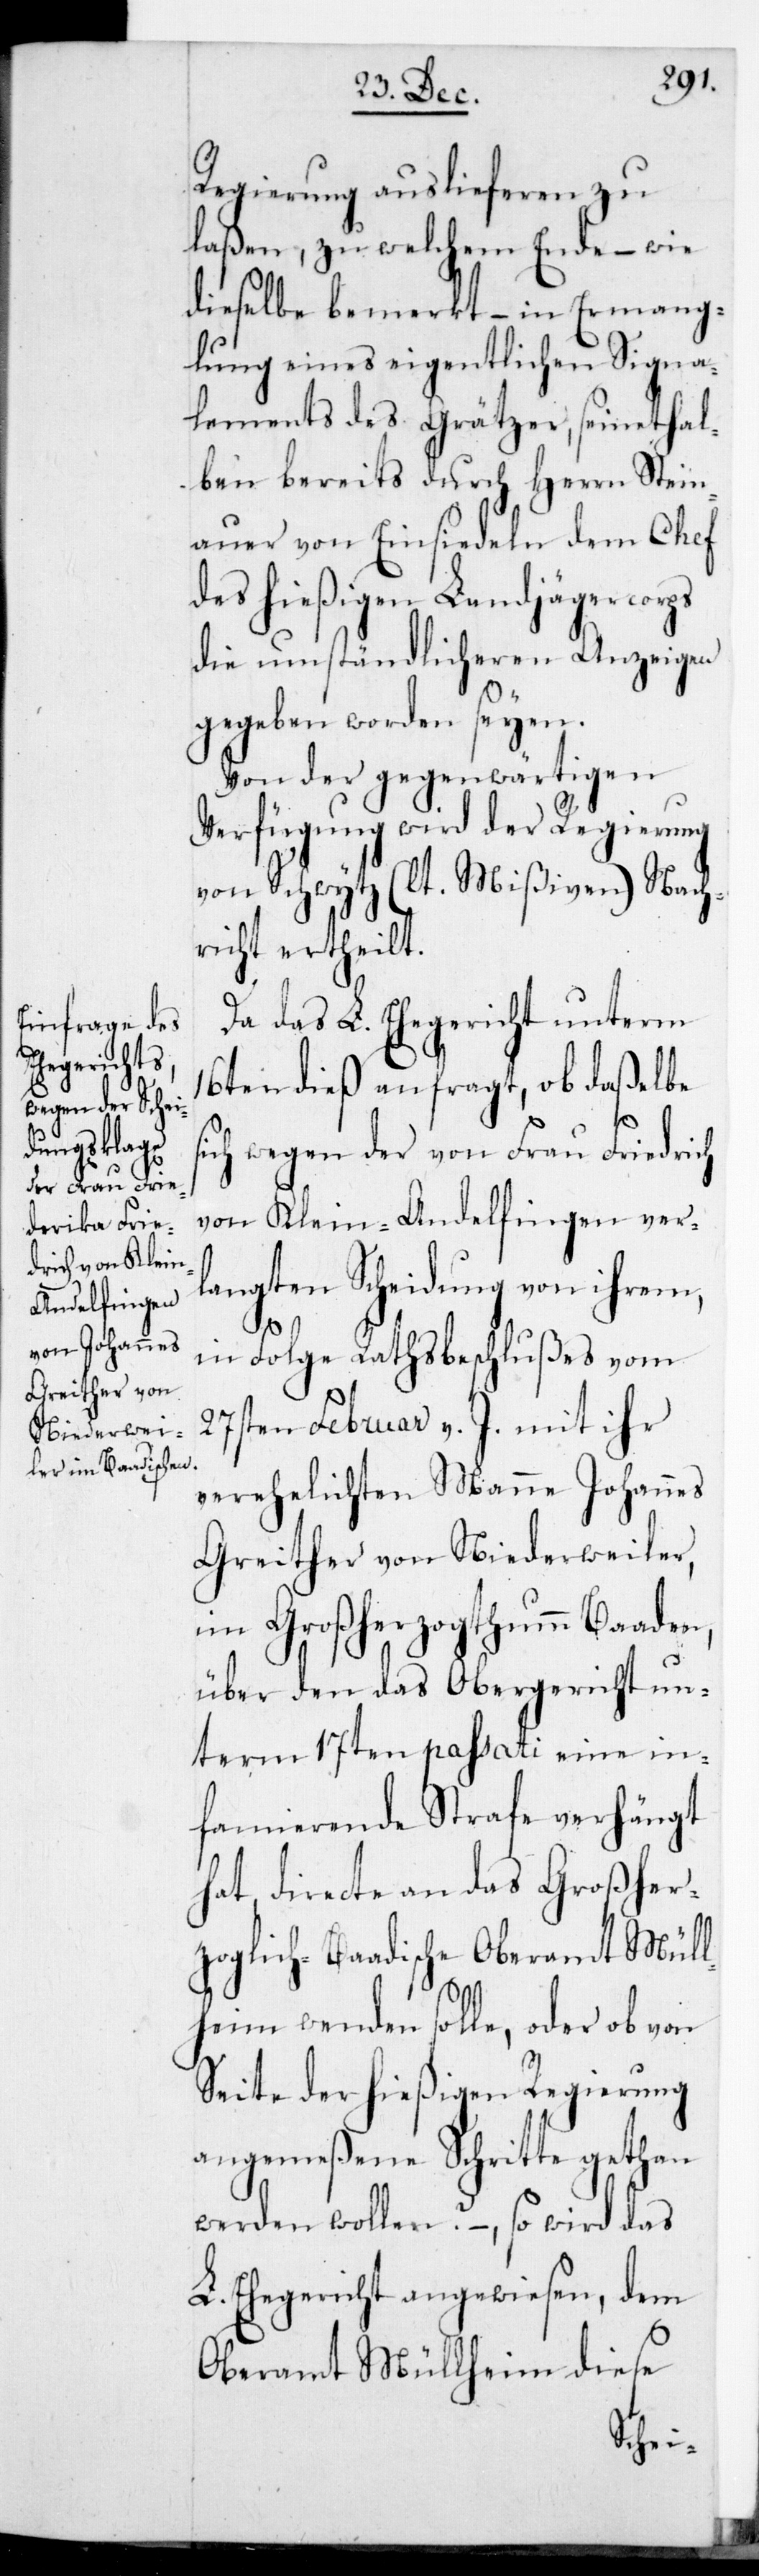
s¬
Regierung auslieferen zu
laßen, zu welchem Ende, – wie
dieselbe bemerkt, – in Ermang¬
lung eines eigentlichen Signa¬
lements des Grätzer, seinethal¬
ben bereits durch Herrn Stein¬
auer von Einsiedeln dem Chef
des hießigen Landjägercorps
die umständlicheren Anzeigen
gegeben worden seien.
Von der gegenwärtigen
Verfügung wird der Regierung
von Schwytz (lt. Mißiven) Nach¬
richt ertheilt.
Da das L. Ehegericht unterm
16ten dieß anfragt, ob daßelbe
ich wegen der von Frau Friedrich
von Klein-Andelfingen verl¬
angten Scheidung von
in Folge Rathsbeschlußes vom
27sten Februar v. J. mit ihr
verehelichten Manne Johannes
Greither von Niederweiler
im Großherzogthum Baaden,
über den das Obergericht un¬
term 17ten passati eine in¬
famierende Strafe verhängt
hat, directe an das Großher¬
zoglich-Baadische Oberamt Müll¬
heim wenden solle, oder ob von
Seite der hießigen Regierung
angemeßene Schritte gethan
werden wollen? – so wird das
L. Ehegericht angewiesen, dem
Oberamt Müllheim diese